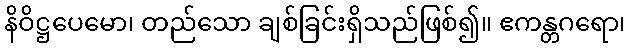
နိဝိဋ္ဌပေမော၊ တည်သော ချစ်ခြင်းရှိသည်ဖြစ်၍။ ဧကန္တဂရော၊